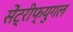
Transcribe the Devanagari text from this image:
सेंट्रीफ्युगल